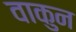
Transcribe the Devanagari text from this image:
वाकुन